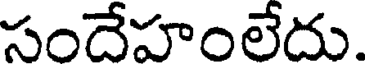
సందేహంలేదు.